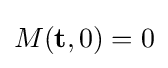
M(\mathbf {t} ,0)=0